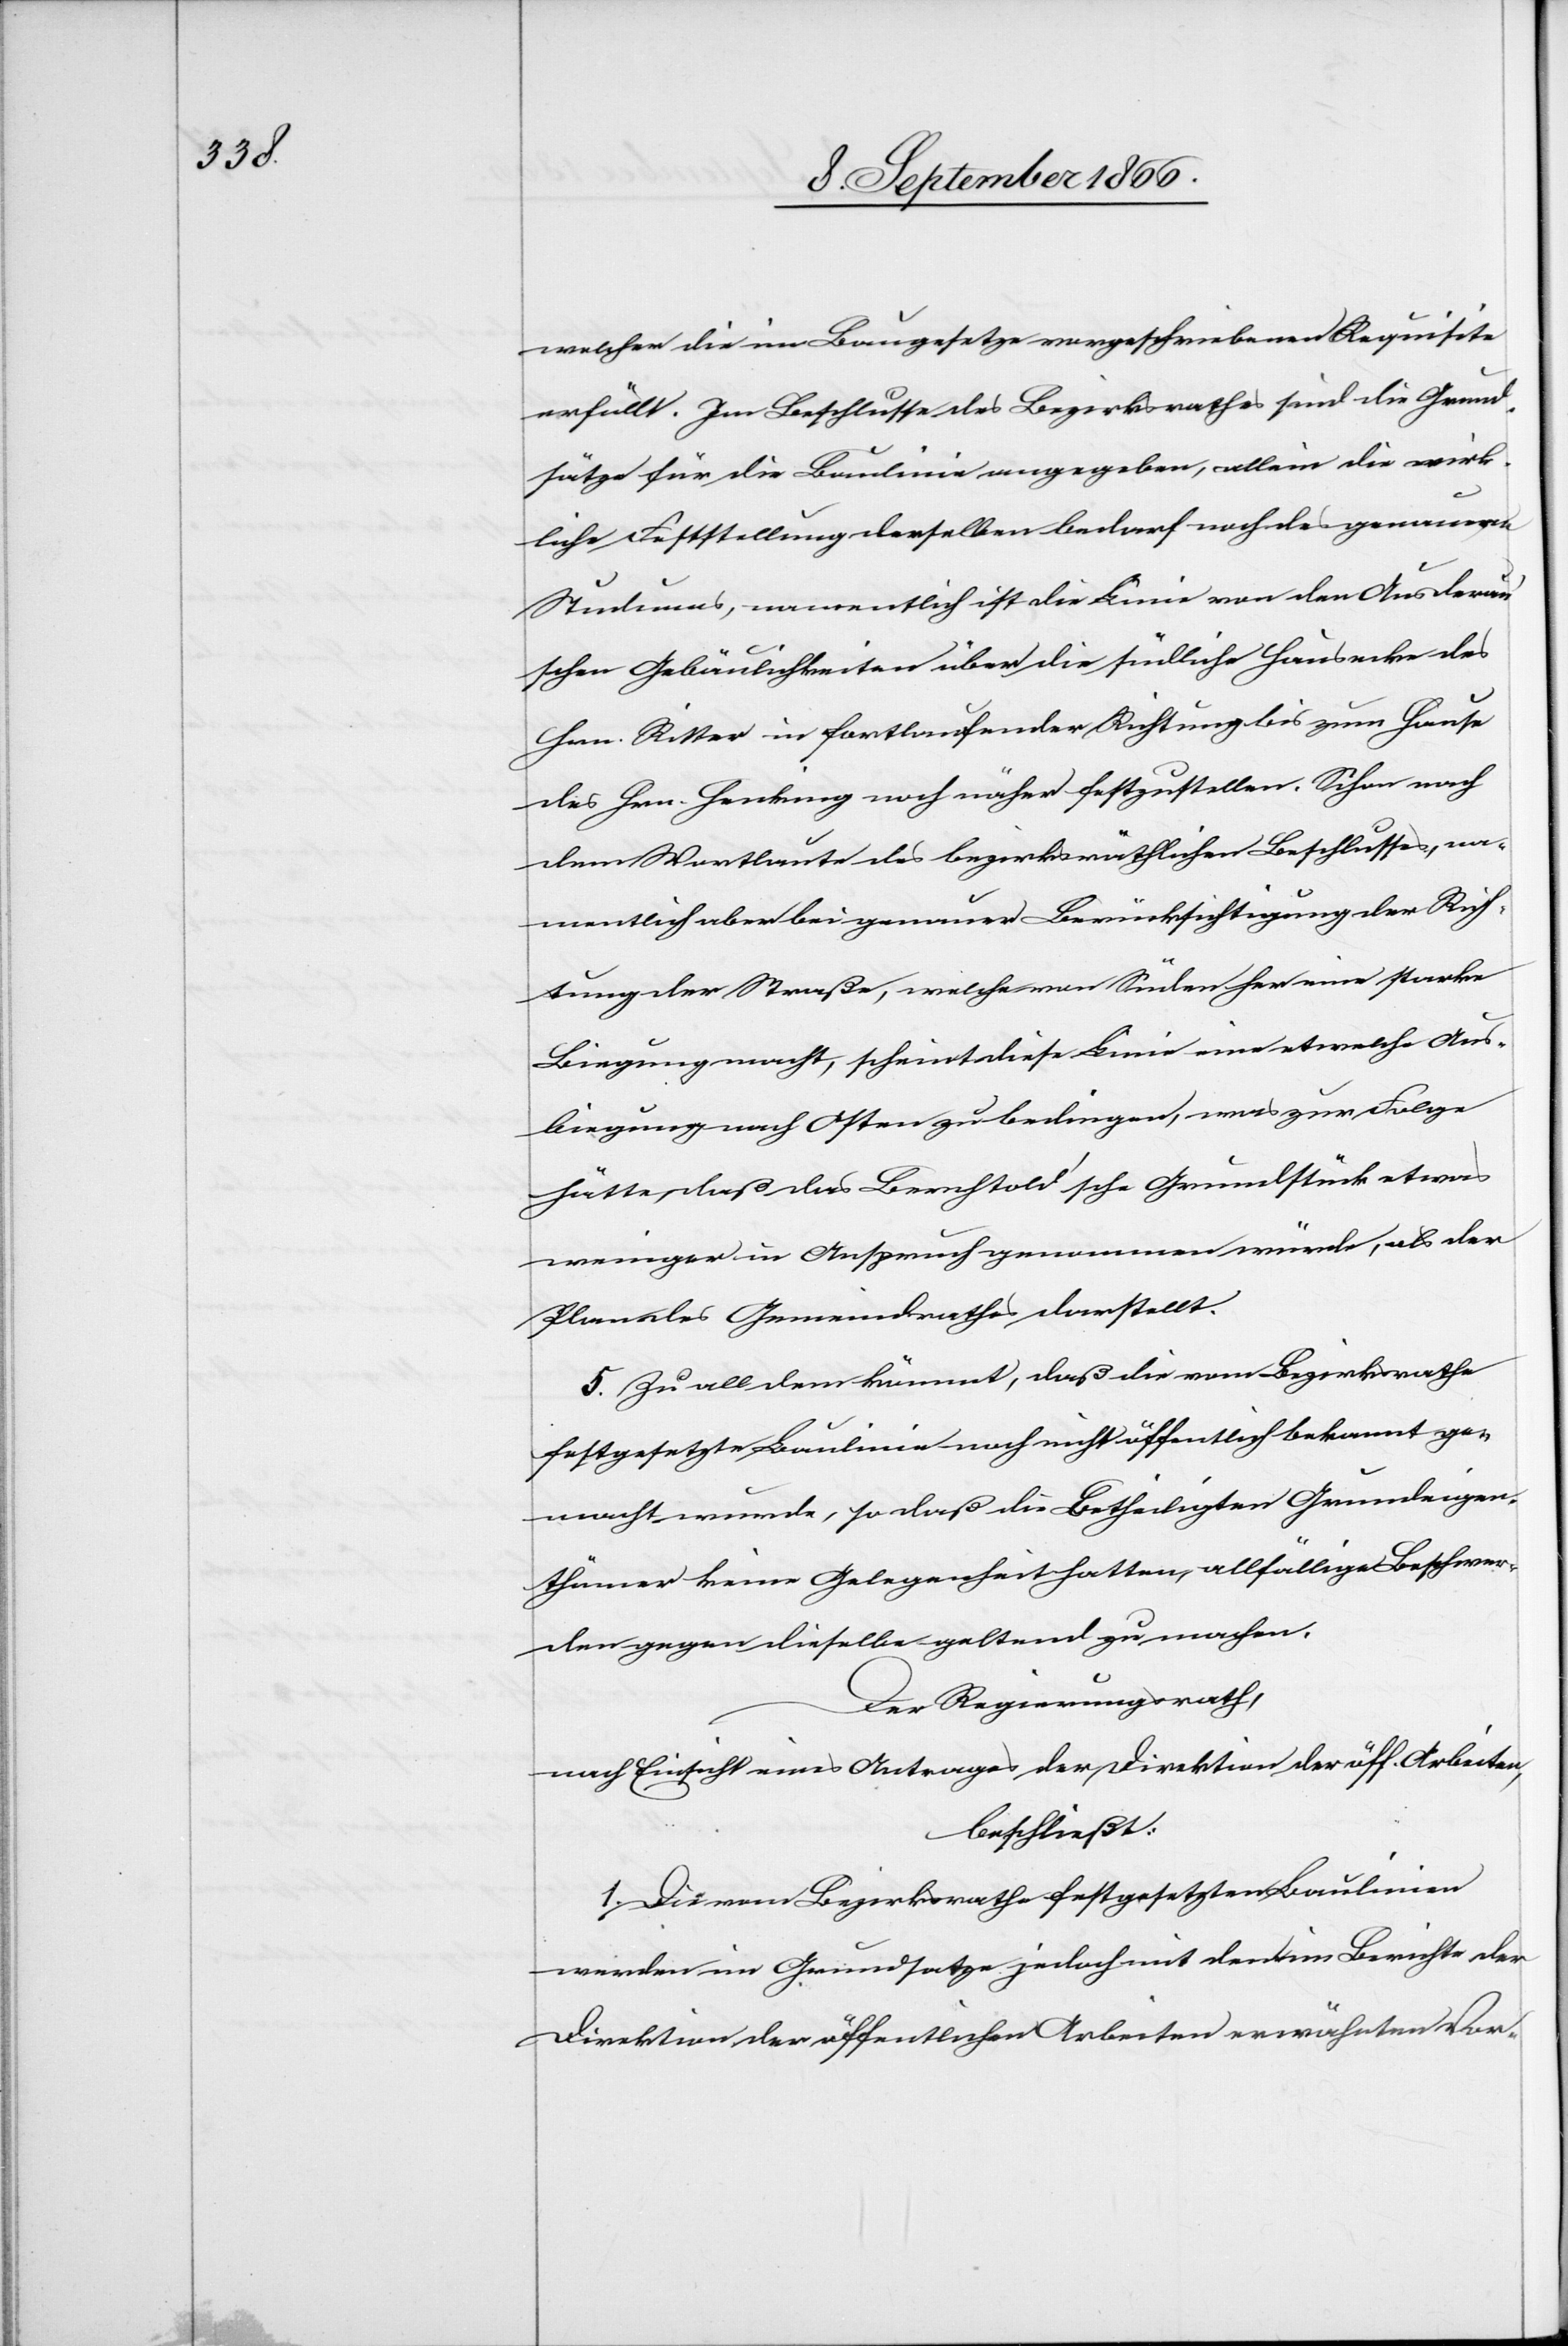
welcher die im Baugesetze vorgeschriebenen Requisiten
erfüllt. Im Beschlusse des Bezirksrathes sind die Grund¬
sätze für die Baulinie angegeben, allein die wirk¬
liche Feststellung derselben bedarf noch des genauern
Studiums, namentlich ist die Linie von den Ausdera¬
u’schen Gebäulichkeiten über die südliche Hausecke des
Hrn. Ritter in fortlaufender Richtung bis zum Hause
des Hrn. Henking noch näher festzustellen, Schon nach
dem Wortlaute des bezirksräthlichen Beschlusses, na¬
mentlich aber bei genauer Berpücksichtigung der Rich¬
tung der Straße, welche von Süden her eine starke
Biegung macht, scheint diese Linie eine etwelche Aus¬
biegung nach Osten zu bedingen, was zur Folge
hätte, daß das Berchtold’sche Grundstück etwas
weniger in Anspruch genommen würde, als der
Plan des Gemeindrathes darstellt.
5. Zu all dem kömmt, daß die vom Bezirksrathe
festgesetzte Baulinie noch nicht öffentlich bekannt ge¬
macht wurde, so daß die Betheiligten Grundeigen¬
thümer keine Gelegenheit hatten, allfällige Beschwer¬
den gegen dieselbe geltend zu machen.
Der Regierungsrath,
nach Einsicht eines Antrages der Direktion der öff. Arbeiten,
beschließt:
1. Die vom Bezirksrathe festgesetzten Baulinien
werden im Grundsatze jedoch mit den im Berichte der
Direktion der öffentlichen Arbeiten erwähnten Vor-